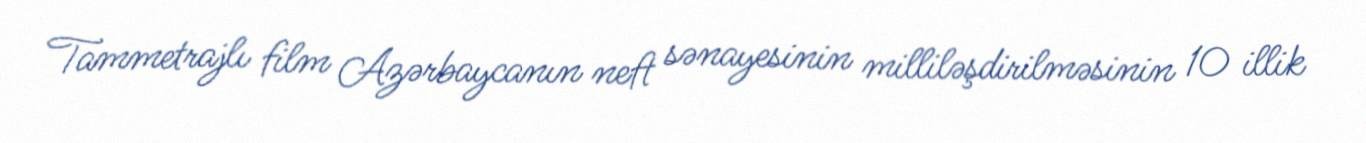
Tammetrajlı film Azərbaycanın neft sənayesinin milliləşdirilməsinin 10 illik